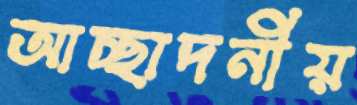
আচ্ছাদনীয়